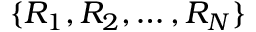
\lbrace R _ { 1 } , R _ { 2 } , \ldots , R _ { N } \rbrace